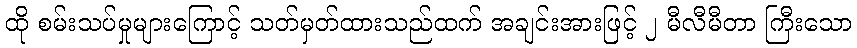
ထို စမ်းသပ်မှုများကြောင့် သတ်မှတ်ထားသည်ထက် အချင်းအားဖြင့် ၂ မီလီမီတာ ကြီးသော